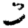
Digit: 3